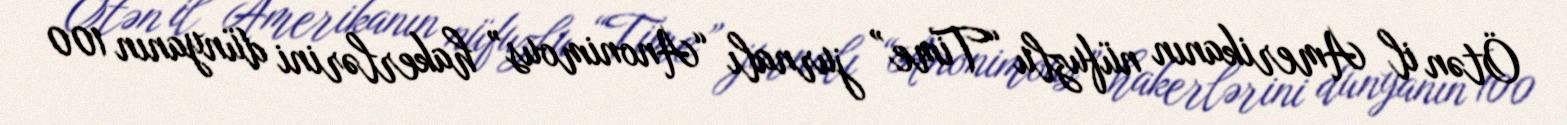
Ötən il Amerikanın nüfuzlu “Time” jurnalı “Anonimous” hakerlərini dünyanın 100